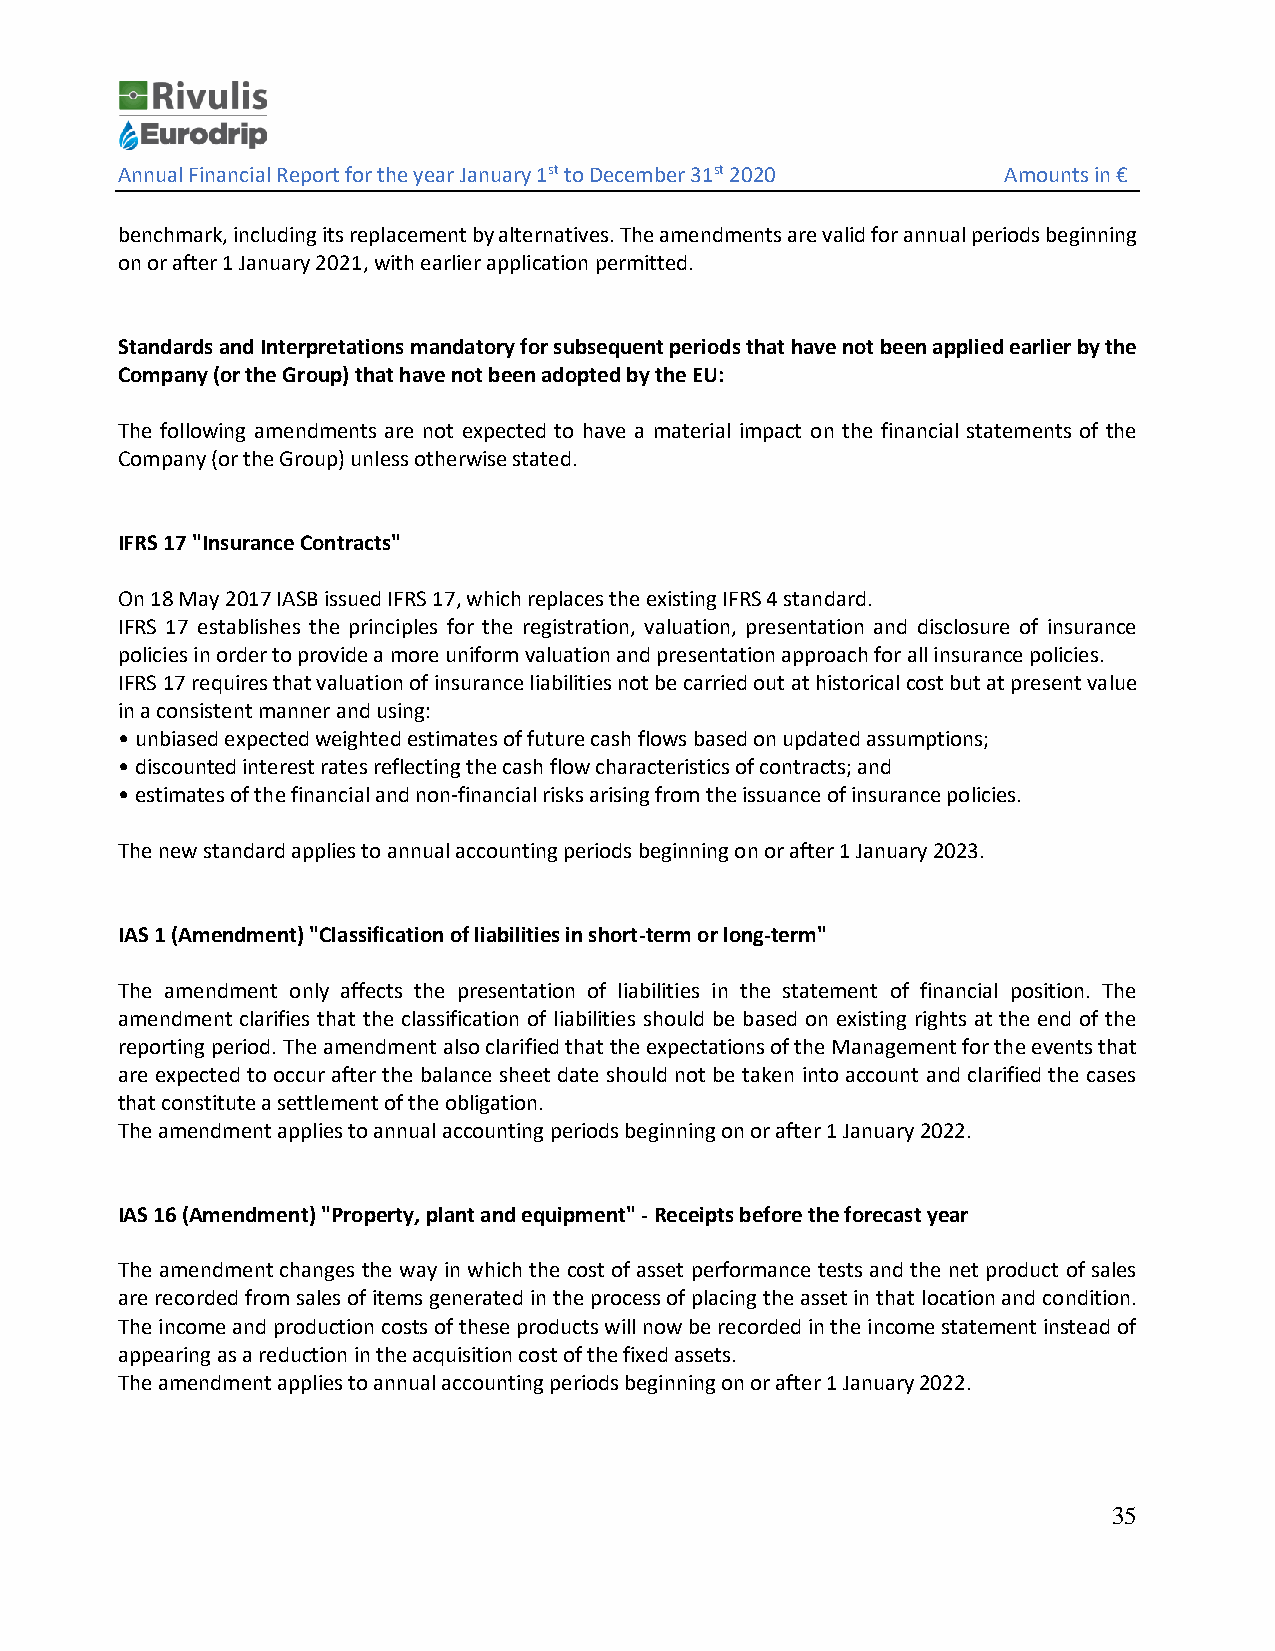
Annual Financial Report for the year January 1st to December 31st 2020 Amounts in €
 benchmark, including its replacement by alternatives. The amendments are valid for annual periods beginning
 on or after 1 January 2021, with earlier application permitted.
 Standards and Interpretations mandatory for subsequent periods that have not been applied earlier by the
 Company (or the Group) that have not been adopted by the EU:
 The following amendments are not expected to have a material impact on the financial statements of the
 Company (or the Group) unless otherwise stated.
 IFRS 17 "Insurance Contracts"
 On 18 May 2017 IASB issued IFRS 17, which replaces the existing IFRS 4 standard.
 IFRS 17 establishes the principles for the registration, valuation, presentation and disclosure of insurance
 policies in order to provide a more uniform valuation and presentation approach for all insurance policies.
 IFRS 17 requires that valuation of insurance liabilities not be carried out at historical cost but at present value
 in a consistent manner and using:
 • unbiased expected weighted estimates of future cash flows based on updated assumptions;
 • discounted interest rates reflecting the cash flow characteristics of contracts; and
 • estimates of the financial and non-financial risks arising from the issuance of insurance policies.
 The new standard applies to annual accounting periods beginning on or after 1 January 2023.
 IAS 1 (Amendment) "Classification of liabilities in short-term or long-term"
 The amendment only affects the presentation of liabilities in the statement of financial position. The
 amendment clarifies that the classification of liabilities should be based on existing rights at the end of the
 reporting period. The amendment also clarified that the expectations of the Management for the events that
 are expected to occur after the balance sheet date should not be taken into account and clarified the cases
 that constitute a settlement of the obligation.
 The amendment applies to annual accounting periods beginning on or after 1 January 2022.
 IAS 16 (Amendment) "Property, plant and equipment" - Receipts before the forecast year
 The amendment changes the way in which the cost of asset performance tests and the net product of sales
 are recorded from sales of items generated in the process of placing the asset in that location and condition.
 The income and production costs of these products will now be recorded in the income statement instead of
 appearing as a reduction in the acquisition cost of the fixed assets.
 The amendment applies to annual accounting periods beginning on or after 1 January 2022.
 35